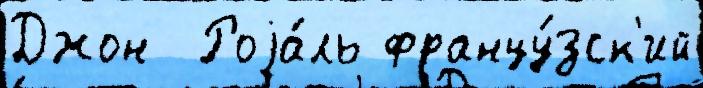
Джон  Роjа́ль францу́зск'ий